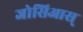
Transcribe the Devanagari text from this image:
जोसिआस्